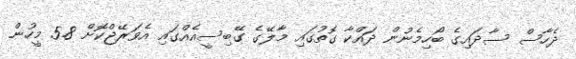
ދެހާސް ސާދައިގެ ބޯހިމެނުން ދައްކާ ގޮތުގައި މާލޭގެ ގޭބިސީއެއްގައި އެވަރޭޖްކޮށް 5.8 މީހުން